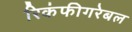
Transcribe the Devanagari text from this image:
रिकंफीगरेबल